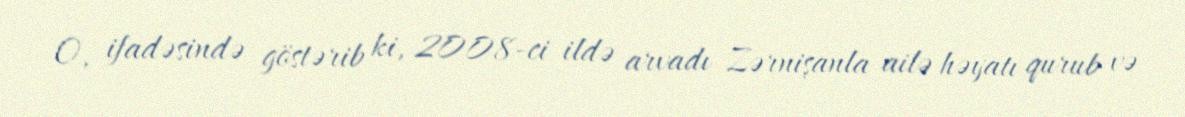
O, ifadəsində göstərib ki, 2008-ci ildə arvadı Zərnişanla ailə həyatı qurub və